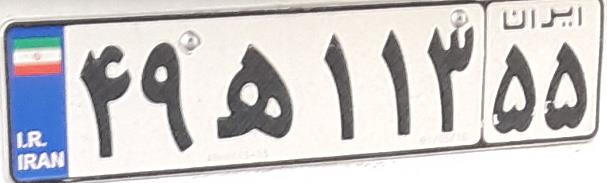
۴۹ه۱۱۳۵۵